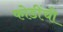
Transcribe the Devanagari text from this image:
फोडींची